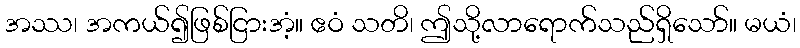
အဿ၊ အကယ်၍ဖြစ်ငြားအံ့။ ဧဝံ သတိ၊ ဤသို့လာရောက်သည်ရှိသော်။ မယံ၊